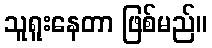
သူရူးနေတာ ဖြစ်မည်။